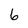
Character: 6